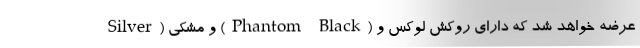
Silver) و مشکی (Phantom Black) عرضه خواهد شد که دارای روکش لوکس و